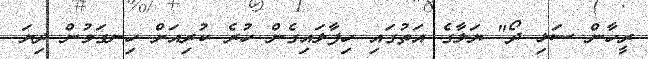
ރީހާން ސަޅި ދޯ" ޔަލާގެ އަތުގައި ހިފާލައިގެން ހުރެ ކުރިއަށް ހިނގަމުން ދިޔަ